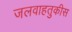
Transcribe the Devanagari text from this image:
जलवाहतुकीस